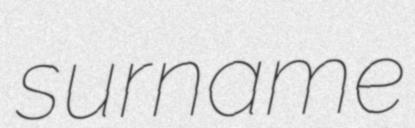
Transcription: surname